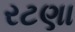
રટણા